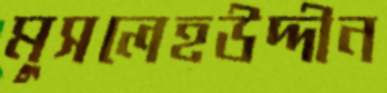
মুসলেহউদ্দীন